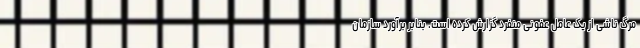
مرگ ناشی از یک عامل عفونی منفرد گزارش کرده است. بنابر برآورد سازمان